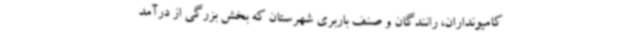
کامیونداران، رانندگان و صنف باربری‌ شهرستان که بخش بزرگی از درآمد